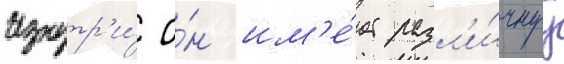
Изнутр'и́ о́н им'е́ет разл'и́чнуу